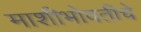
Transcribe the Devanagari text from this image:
माशीभोवतीचे